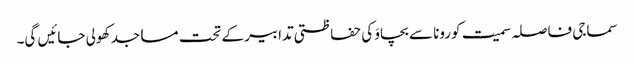
سماجی فاصلہ سمیت کورونا سے بچاوَ کی حفاظتی تدابیر کے تحت مساجد کھولی جائیں گی۔